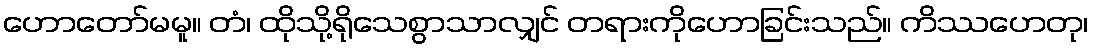
ဟောတော်မမူ။ တံ၊ ထိုသို့ရိုသေစွာသာလျှင် တရားကိုဟောခြင်းသည်။ ကိဿဟေတု၊